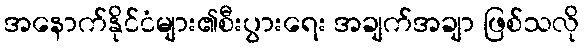
အနောက်နိုင်ငံများ၏စီးပွားရေး အချက်အချာ ဖြစ်သလို